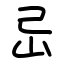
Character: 㞯